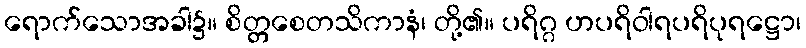
ရောက်သောအခါ၌။ စိတ္တစေတသိကာနံ၊ တို့၏။ ပရိဂ္ဂ ဟပရိဝါရပရိပုရဋ္ဌော၊